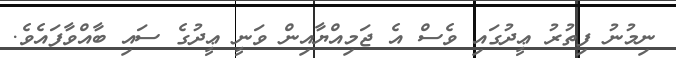
ނިމުނު ފިތުރު ޢީދުގައި ވެސް އެ ޖަމިއްޔާއިން ވަނީ ޢީދުގެ ސައި ބާއްވާފައެވެ.